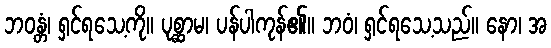
ဘဝန္တံ၊ ရှင်ရသေ့ကို။ ပုစ္ဆာမ၊ ပန်ပါကုန်၏။ ဘဝံ၊ ရှင်ရသေ့သည်။ နော၊ အ